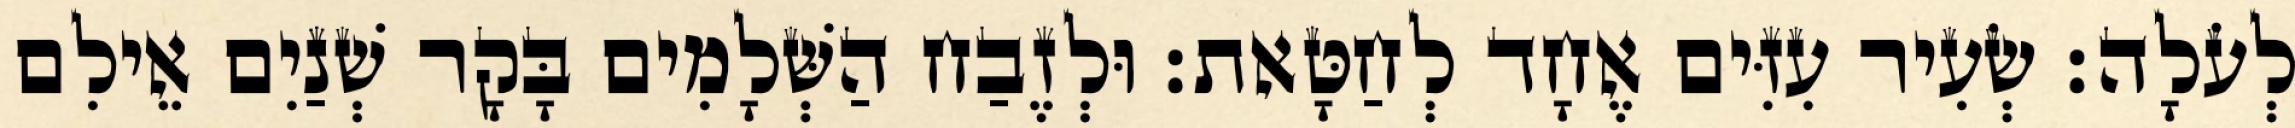
לְעֹלָה׃ שְׂעִיר עִזִּים אֶחָד לְחַטָּאת׃ וּלְזֶבַח הַשְּׁלָמִים בָּקָר שְׁנַיִם אֵילִם